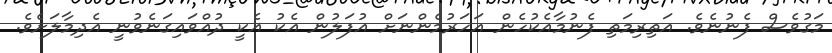
މަގުވެސް ފެނުނެވެ. އަތިރިމަތި ފެނުމާއެކުހެން އަހަރުމެންނަށް އުފަލުން އެކު އެކީ ދުއްވައިގަނެވުނީ އެދިމާލަށެވެ.